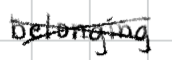
Text: belonging
Cross-out: cross
Writing tool: digital_black